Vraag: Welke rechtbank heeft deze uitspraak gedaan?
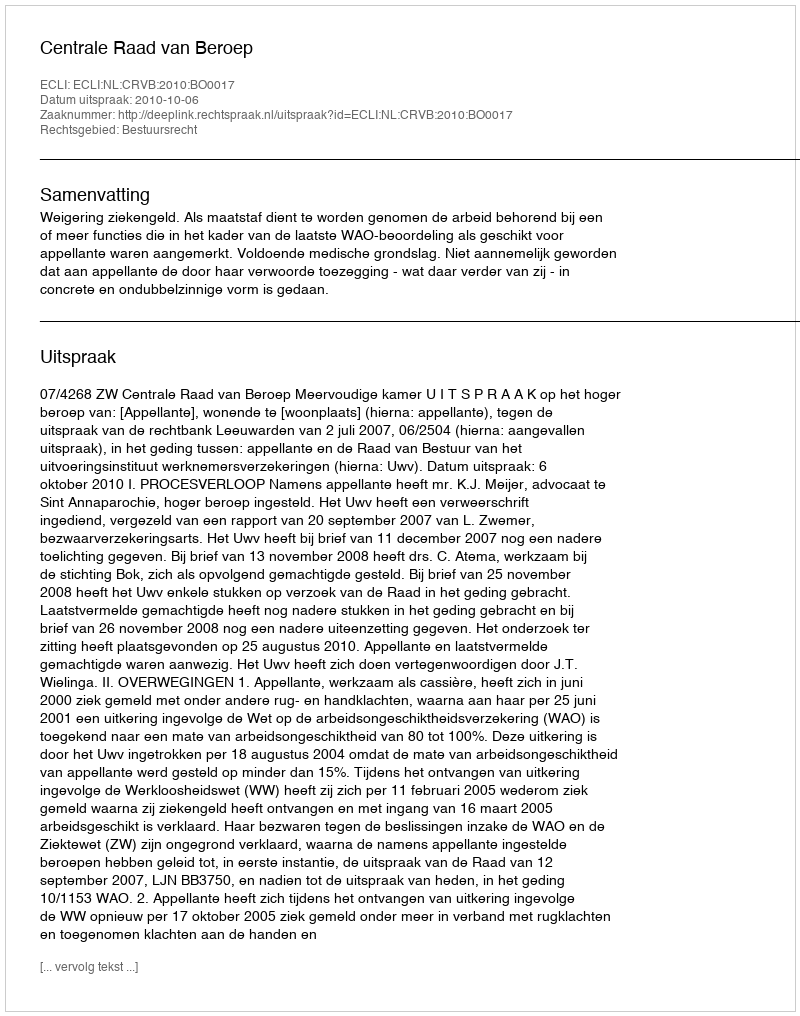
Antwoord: Centrale Raad van Beroep